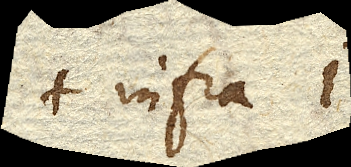
infra I.